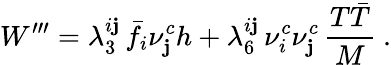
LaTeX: W^{\prime\prime\prime}=\lambda_{3}^{i\mathbf{j}}\, \bar{{f}}_{i}\nu_{\mathbf{j}}^{c}h+\lambda_{6}^{i\mathbf{j}}\, \nu_{i}^{c}\nu_{\mathbf{j}}^{c}\, {\frac{{T\bar{{T}}}}{{M}}}\ .